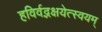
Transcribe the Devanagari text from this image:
हविर्वद्भक्षयेत्स्वयम्